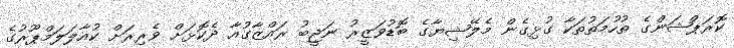
ކޮރަޕްޝަންގެ ތުހުމަތުތަކާ ގުޅިގެން މެލޭޝިޔާގެ ބޮޑުވަޒީރު ނަޖީބު ރައްޒާގުއާ ދެކޮޅަށް ވެރިރަށް ކުއާލަލަމްޕޫރުގެ